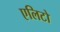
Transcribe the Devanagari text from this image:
एलिटो